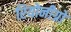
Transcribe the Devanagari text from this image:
रियोनीग्रो